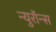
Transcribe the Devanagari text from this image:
न्युरॉन्स